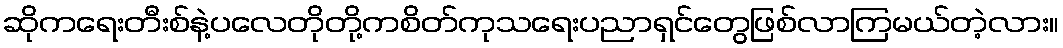
ဆိုကရေးတီးစ်နဲ့ပလေတိုတို့ကစိတ်ကုသရေးပညာရှင်တွေဖြစ်လာကြမယ်တဲ့လား။